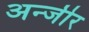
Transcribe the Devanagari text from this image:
अन्जीर